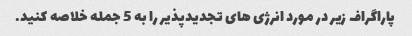
پاراگراف زیر در مورد انرژی های تجدیدپذیر را به 5 جمله خلاصه کنید.